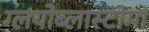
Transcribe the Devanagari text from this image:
ग्लयोब्लास्टोमा